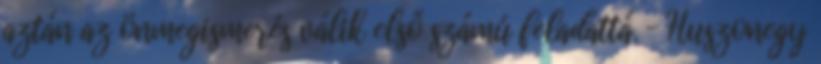
aztán az önmegismerés válik első számú feladattá. – Huszonegy